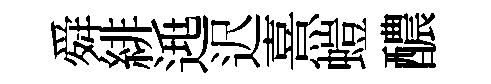
舜緋𨓱迟熹螘醲